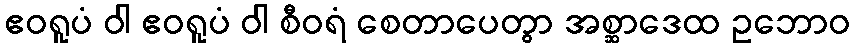
ဧဝရူပံ ဝါ ဧဝရူပံ ဝါ စီဝရံ စေတာပေတွာ အစ္ဆာဒေထ ဥဘောဝ